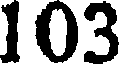
103